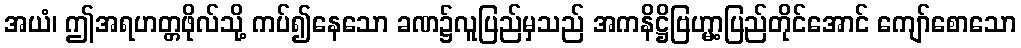
အယံ၊ ဤအရဟတ္တဖိုလ်သို့ ကပ်၍နေသော ခဏ၌လူပြည်မှသည် အကနိဋ္ဌိဗြဟ္မာ့ပြည်တိုင်အောင် ကျော်စောသော